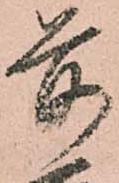
前